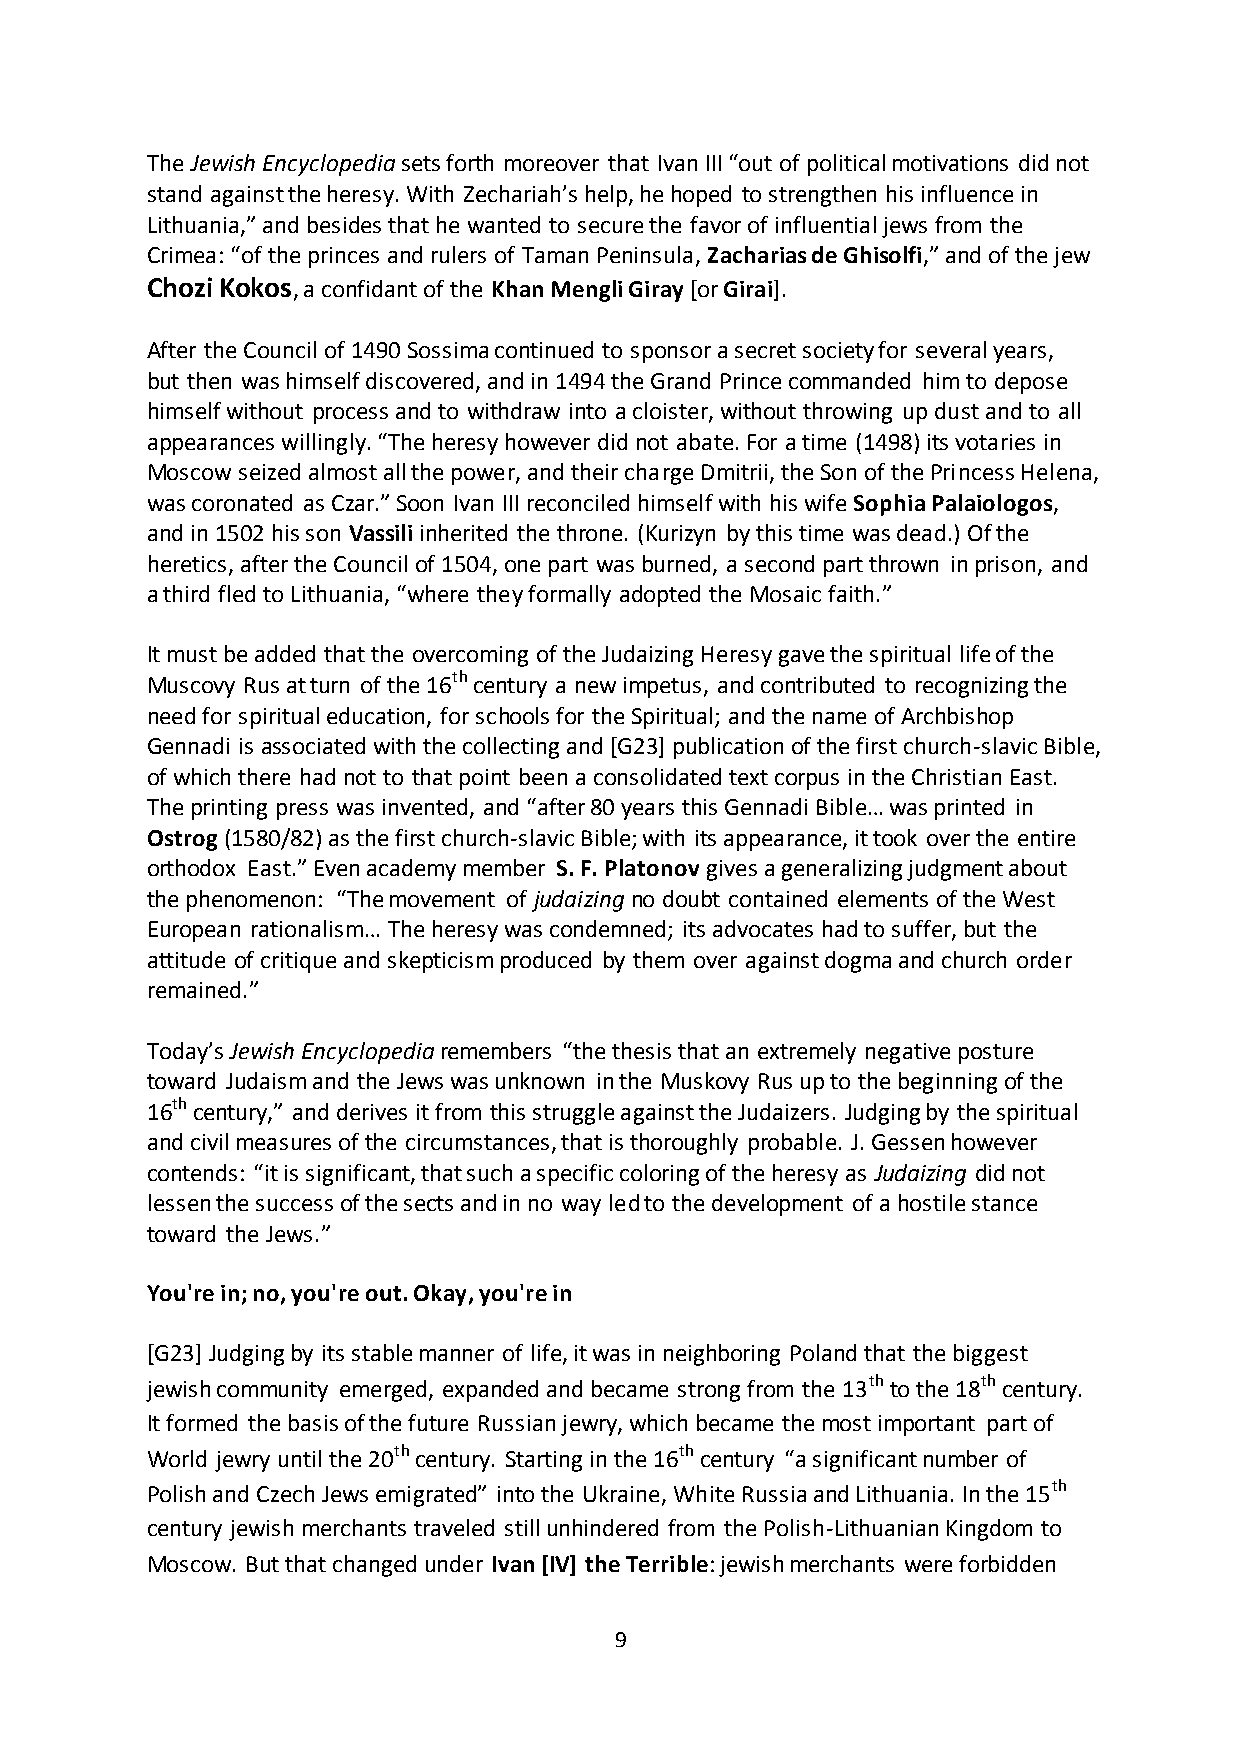
The Jewish Encyclopedia sets forth moreover that Ivan III “out of political motivations did not
 stand against the heresy. With Zechariah’s help, he hoped to strengthen his influence in
 Lithuania,” and besides that he wanted to secure the favor of influential jews from the
 Crimea: “of the princes and rulers of Taman Peninsula, Zacharias de Ghisolfi,” and of the jew
 Chozi Kokos, a confidant of the Khan Mengli Giray [or Girai].
 After the Council of 1490 Sossima continued to sponsor a secret society for several years,
 but then was himself discovered, and in 1494 the Grand Prince commanded him to depose
 himself without process and to withdraw into a cloister, without throwing up dust and to all
 appearances willingly. “The heresy however did not abate. For a time (1498) its votaries in
 Moscow seized almost all the power, and their charge Dmitrii, the Son of the Princess Helena,
 was coronated as Czar.” Soon Ivan III reconciled himself with his wife Sophia Palaiologos,
 and in 1502 his son Vassili inherited the throne. (Kurizyn by this time was dead.) Of the
 heretics, after the Council of 1504, one part was burned, a second part thrown in prison, and
 a third fled to Lithuania, “where they formally adopted the Mosaic faith.”
 It must be added that the overcoming of the Judaizing Heresy gave the spiritual life of the
 Muscovy Rus at turn of the 16th century a new impetus, and contributed to recognizing the
 need for spiritual education, for schools for the Spiritual; and the name of Archbishop
 Gennadi is associated with the collecting and [G23] publication of the first church-slavic Bible,
 of which there had not to that point been a consolidated text corpus in the Christian East.
 The printing press was invented, and “after 80 years this Gennadi Bible… was printed in
 Ostrog (1580/82) as the first church-slavic Bible; with its appearance, it took over the entire
 orthodox East.” Even academy member S. F. Platonov gives a generalizing judgment about
 the phenomenon: “The movement of judaizing no doubt contained elements of the West
 European rationalism… The heresy was condemned; its advocates had to suffer, but the
 attitude of critique and skepticism produced by them over against dogma and church order
 remained.”
 Today’s Jewish Encyclopedia remembers “the thesis that an extremely negative posture
 toward Judaism and the Jews was unknown in the Muskovy Rus up to the beginning of the
 16th century,” and derives it from this struggle against the Judaizers. Judging by the spiritual
 and civil measures of the circumstances, that is thoroughly probable. J. Gessen however
 contends: “it is significant, that such a specific coloring of the heresy as Judaizing did not
 lessen the success of the sects and in no way led to the development of a hostile stance
 toward the Jews.”
 You're in; no, you're out. Okay, you're in
 [G23] Judging by its stable manner of life, it was in neighboring Poland that the biggest
 jewish community emerged, expanded and became strong from the 13th to the 18th century.
 It formed the basis of the future Russian jewry, which became the most important part of
 World jewry until the 20th century. Starting in the 16th century “a significant number of
 Polish and Czech Jews emigrated” into the Ukraine, White Russia and Lithuania. In the 15th
 century jewish merchants traveled still unhindered from the Polish-Lithuanian Kingdom to
 Moscow. But that changed under Ivan [IV] the Terrible: jewish merchants were forbidden
 9